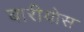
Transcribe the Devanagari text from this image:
बारीयोस